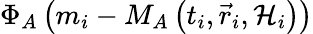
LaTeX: \Phi_{A}\left(m_{i}-M_{A}\left(t_{i},\vec{r}_{i},{\cal H}_{i}\right)\right)